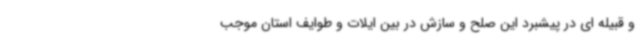
و قبیله ای در پیشبرد این صلح و سازش در بین ایلات و طوایف استان موجب